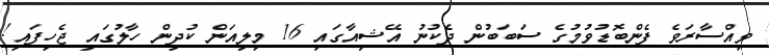
ވިއްސާރަވެ ފެންބޮޑުވުމުގެ ސަބަބުން ދެކުނު އޭޝިއާގައި 16 މިލިއަން ކުދިން ހާލުގައި ޖެހިފައި!